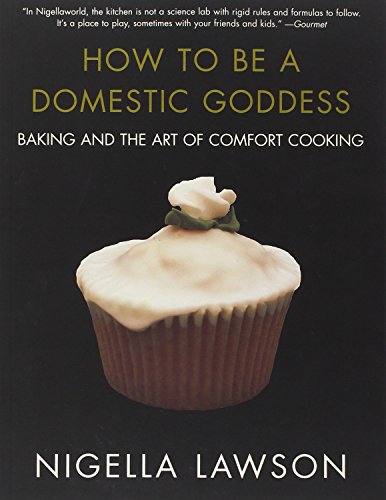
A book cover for How to Be a Domestic Goddess: Baking and the Art of Comfort Cooking; Nigella Lawson; Cookbooks, Food & Wine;